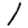
Digit: 1